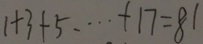
1 + 3 + 5 \cdots + 1 7 = 8 1